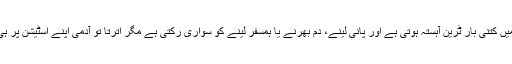
سفر میں کتنی بار ٹرین آہستہ ہوتی ہے اور پانی لینے، دم بھرنے یا ہمسفر لینے کو سواری رکتی ہے مگر اترتا تو آدمی اپنے اسٹیشن پر ہی ہے۔